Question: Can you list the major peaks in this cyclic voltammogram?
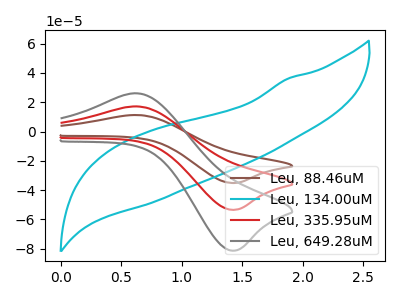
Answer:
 <answer>The brown curve "Leu, 88.46uM" has an anodic peak at (0.65V, 34.20uA) and a cathodic peak at (1.45V, -106.90uA). The cyan curve "Leu, 134.00uM" has no peaks. The red curve "Leu, 335.95uM" has an anodic peak at (0.65V, 17.10uA) and a cathodic peak at (1.45V, -53.45uA). The gray curve "Leu, 649.28uM" has an anodic peak at (0.65V, 26.00uA) and a cathodic peak at (1.45V, -81.30uA).</answer>
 <eval></eval>